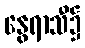
နွေရာသီ၌